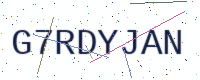
Text: G7RDYJAN